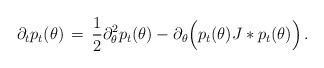
LaTeX: \begin{align*} \partial_t p_t(\theta)\, =\, \frac12 \partial^2_\theta p_t(\theta)- \partial_\theta\Big( p_t(\theta)J*p_t(\theta)\Big)\, .\end{align*}